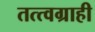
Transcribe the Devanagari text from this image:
तत्त्वग्राही